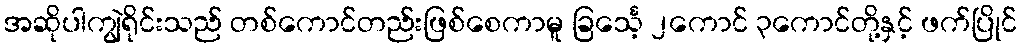
အဆိုပါကျွဲရိုင်းသည် တစ်ကောင်တည်းဖြစ်စေကာမူ ခြင်္သေ့ ၂ကောင် ၃ကောင်တို့နှင့် ဖက်ပြိုင်